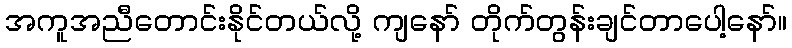
အကူအညီတောင်းနိုင်တယ်လို့ ကျနော် တိုက်တွန်းချင်တာပေါ့နော်။